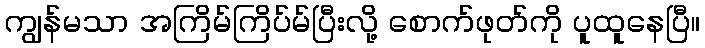
ကျွန်မသာ အကြိမ်ကြိပ်မ်ပြီးလို့ စောက်ဖုတ်ကို ပူထူနေပြီ။